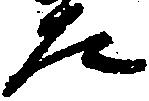
た